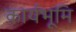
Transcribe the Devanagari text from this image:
कार्यभूमि